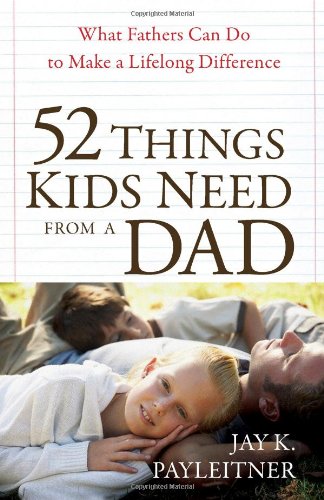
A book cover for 52 Things Kids Need from a Dad: What Fathers Can Do to Make a Lifelong Difference; Jay Payleitner; Christian Books & Bibles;